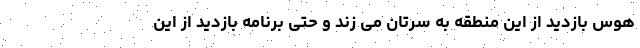
هوس بازدید از این منطقه به سرتان می زند و حتی برنامه بازدید از این